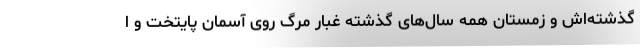
گذشته‌اش و زمستان همه سال‌های گذشته غبار مرگ روی آسمان پایتخت و ا